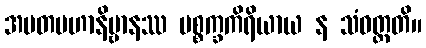
အမတမဟာနိဗ္ဗာနဿ ပစ္စက္ခကိရိယာယ န သံဝတ္တတိ။